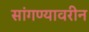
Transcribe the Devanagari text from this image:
सांगण्यावरीन